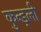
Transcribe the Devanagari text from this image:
कुन्ड्ली